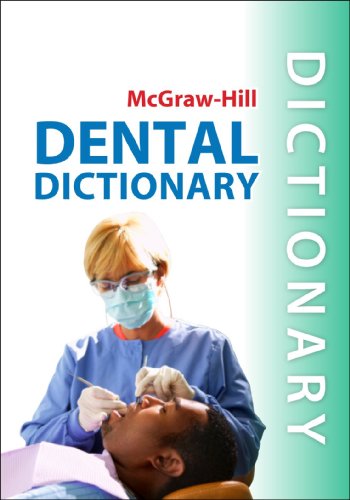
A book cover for McGraw-Hill Dental Dictionary; Priya Gupta; Medical Books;